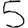
Digit: 5